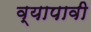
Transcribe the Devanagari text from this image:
व्यापावी